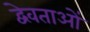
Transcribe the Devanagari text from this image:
द्वेवताओं